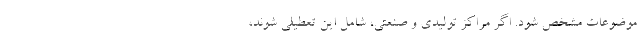
موضوعات مشخص شود. اگر مراکز تولیدی و صنعتی، شامل این تعطیلی شوند،